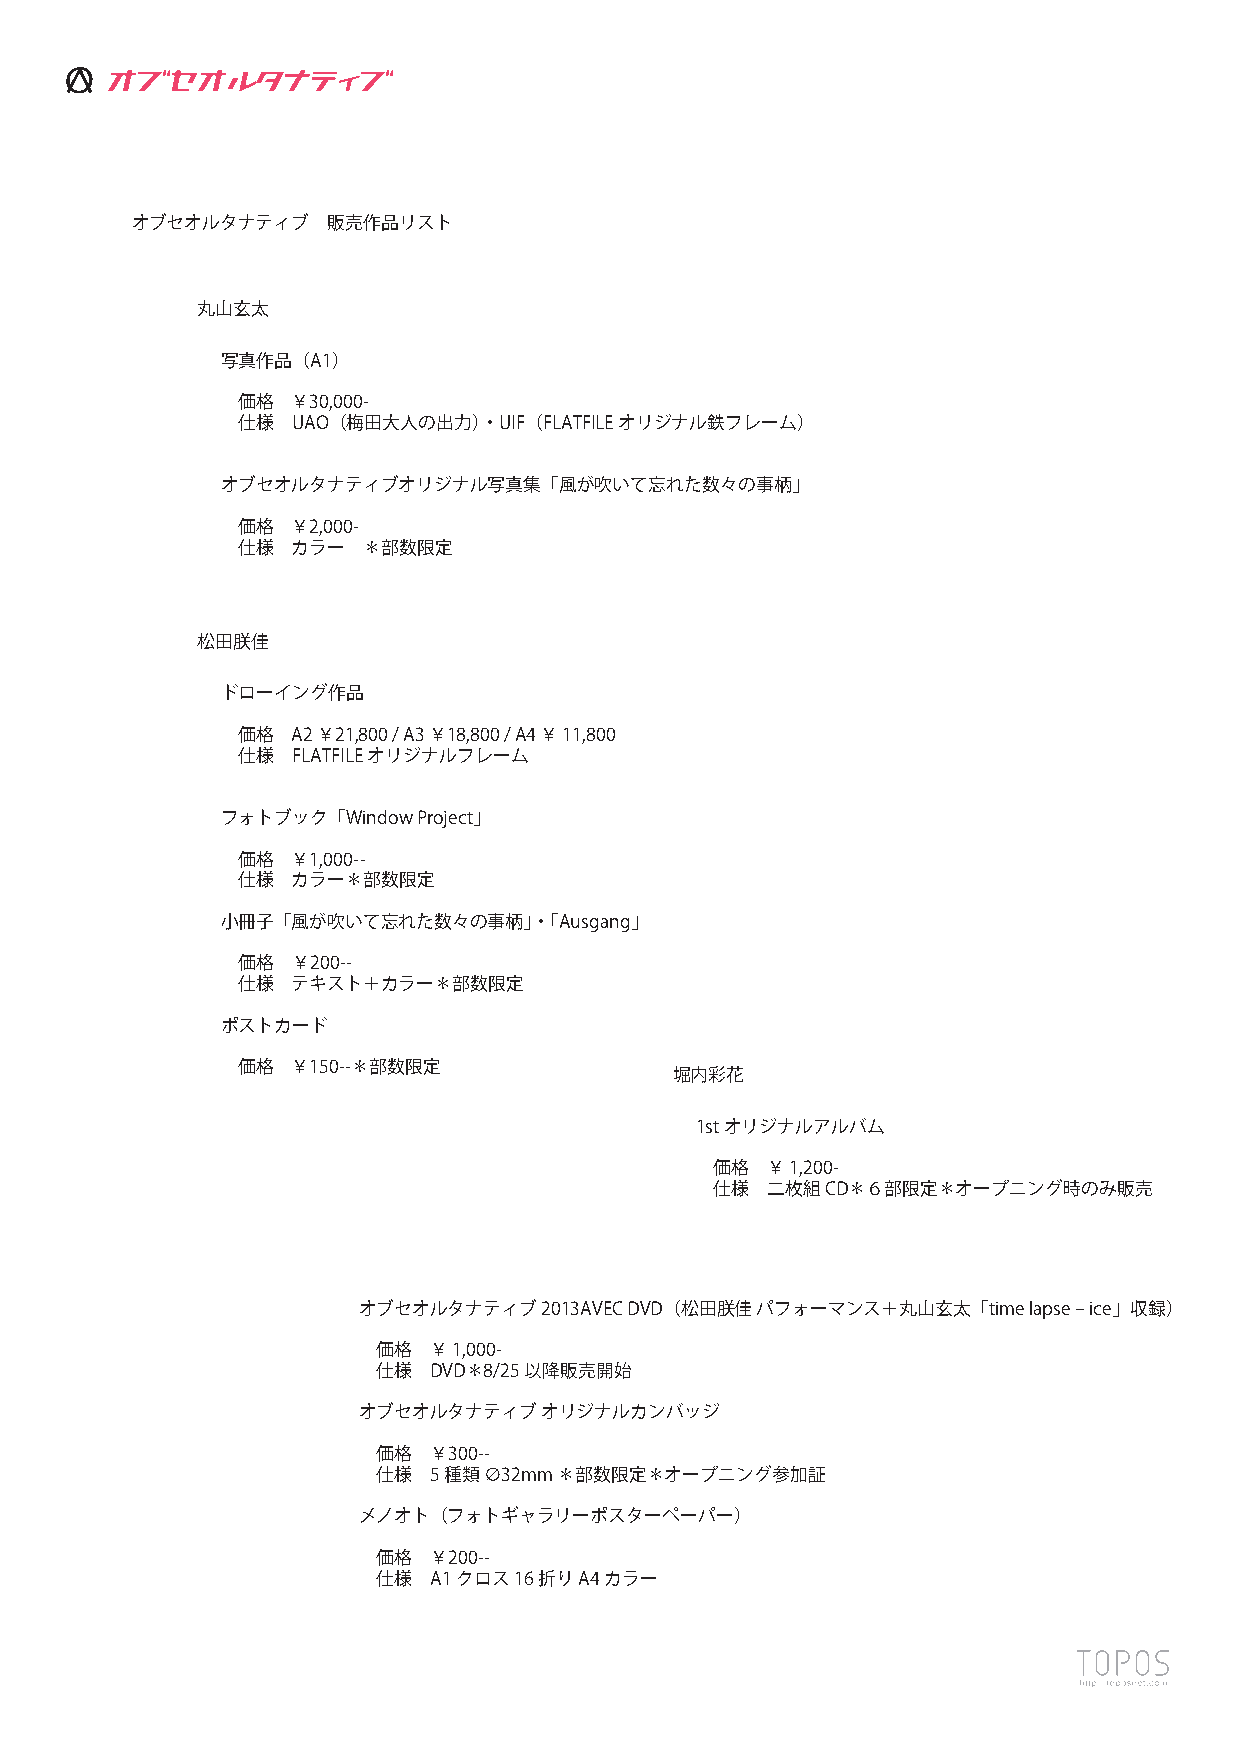
6"p6.quwE"
 オブセオルタナティブ   販売作品リスト
 丸山玄太
 写真作品（A1）
 価格 ￥30,000-
 仕様 UAO（梅田大人の出力）・UIF（FLATFILEオリジナル鉄フレーム）
 オブセオルタナティブオリジナル写真集「風が吹いて忘れた数々の事柄」
 価格 ￥2,000-
 仕様 カラー  ＊部数限定
 松田朕佳
 ドローイング作品
 価格 A2 ￥21,800 / A3 ￥18,800 / A4 ￥ 11,800
 仕様 FLATFILEオリジナルフレーム
 フォトブック「Window Project」
 価格 ￥1,000--
 仕様 カラー＊部数限定
 小冊子「風が吹いて忘れた数々の事柄」・「Ausgang」
 価格 ￥200--
 仕様 テキスト＋カラー＊部数限定
 ポストカード
 価格 ￥150--＊部数限定
 堀内彩花
 1stオリジナルアルバム
 価格  ￥ 1,200-
 仕様  二枚組CD＊６部限定＊オープニング時のみ販売
 オブセオルタナティブ2013AVEC DVD（松田朕佳 パフォーマンス＋丸山玄太「time lapse ‒ ice」収録）
 価格 ￥ 1,000-
 仕様 DVD＊8/25以降販売開始
 オブセオルタナティブ  オリジナルカンバッジ
 価格 ￥300--
 仕様 5種類 ∅32mm ＊部数限定＊オープニング参加証
 メノオト（フォトギャラリーポスターペーパー）
 価格 ￥200--
 仕様 A1 クロス16折りA4カラー